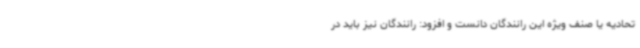
تحادیه یا صنف ویژه این رانندگان دانست و افزود: رانندگان نیز باید در